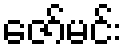
ဇော်မင်း